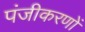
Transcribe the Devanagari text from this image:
पंजीकरणों